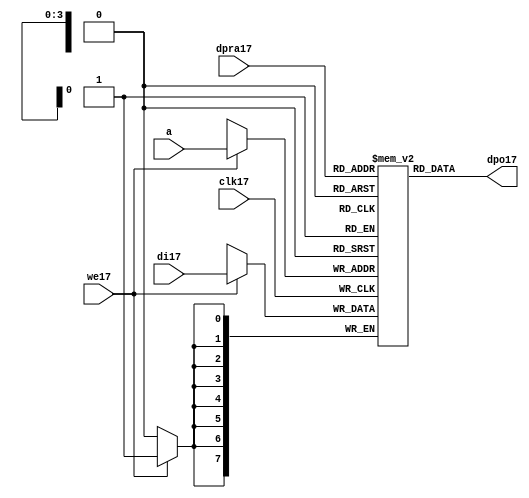
//////////////////////////////////////////////////////////////////////
////                                                              ////
////  raminfr17.v                                                   ////
////                                                              ////
////                                                              ////
////  This17 file is part of the "UART17 16550 compatible17" project17    ////
////  http17://www17.opencores17.org17/cores17/uart1655017/                   ////
////                                                              ////
////  Documentation17 related17 to this project17:                      ////
////  - http17://www17.opencores17.org17/cores17/uart1655017/                 ////
////                                                              ////
////  Projects17 compatibility17:                                     ////
////  - WISHBONE17                                                  ////
////  RS23217 Protocol17                                              ////
////  16550D uart17 (mostly17 supported)                              ////
////                                                              ////
////  Overview17 (main17 Features17):                                   ////
////  Inferrable17 Distributed17 RAM17 for FIFOs17                        ////
////                                                              ////
////  Known17 problems17 (limits17):                                    ////
////  None17                .                                       ////
////                                                              ////
////  To17 Do17:                                                      ////
////  Nothing so far17.                                             ////
////                                                              ////
////  Author17(s):                                                  ////
////      - gorban17@opencores17.org17                                  ////
////      - Jacob17 Gorban17                                          ////
////                                                              ////
////  Created17:        2002/07/22                                  ////
////  Last17 Updated17:   2002/07/22                                  ////
////                  (See log17 for the revision17 history17)          ////
////                                                              ////
////                                                              ////
//////////////////////////////////////////////////////////////////////
////                                                              ////
//// Copyright17 (C) 2000, 2001 Authors17                             ////
////                                                              ////
//// This17 source17 file may be used and distributed17 without         ////
//// restriction17 provided that this copyright17 statement17 is not    ////
//// removed from the file and that any derivative17 work17 contains17  ////
//// the original copyright17 notice17 and the associated disclaimer17. ////
////                                                              ////
//// This17 source17 file is free software17; you can redistribute17 it   ////
//// and/or modify it under the terms17 of the GNU17 Lesser17 General17   ////
//// Public17 License17 as published17 by the Free17 Software17 Foundation17; ////
//// either17 version17 2.1 of the License17, or (at your17 option) any   ////
//// later17 version17.                                               ////
////                                                              ////
//// This17 source17 is distributed17 in the hope17 that it will be       ////
//// useful17, but WITHOUT17 ANY17 WARRANTY17; without even17 the implied17   ////
//// warranty17 of MERCHANTABILITY17 or FITNESS17 FOR17 A PARTICULAR17      ////
//// PURPOSE17.  See the GNU17 Lesser17 General17 Public17 License17 for more ////
//// details17.                                                     ////
////                                                              ////
//// You should have received17 a copy of the GNU17 Lesser17 General17    ////
//// Public17 License17 along17 with this source17; if not, download17 it   ////
//// from http17://www17.opencores17.org17/lgpl17.shtml17                     ////
////                                                              ////
//////////////////////////////////////////////////////////////////////
//
// CVS17 Revision17 History17
//
// $Log: not supported by cvs2svn17 $
// Revision17 1.1  2002/07/22 23:02:23  gorban17
// Bug17 Fixes17:
//  * Possible17 loss of sync and bad17 reception17 of stop bit on slow17 baud17 rates17 fixed17.
//   Problem17 reported17 by Kenny17.Tung17.
//  * Bad (or lack17 of ) loopback17 handling17 fixed17. Reported17 by Cherry17 Withers17.
//
// Improvements17:
//  * Made17 FIFO's as general17 inferrable17 memory where possible17.
//  So17 on FPGA17 they should be inferred17 as RAM17 (Distributed17 RAM17 on Xilinx17).
//  This17 saves17 about17 1/3 of the Slice17 count and reduces17 P&R and synthesis17 times.
//
//  * Added17 optional17 baudrate17 output (baud_o17).
//  This17 is identical17 to BAUDOUT17* signal17 on 16550 chip17.
//  It outputs17 16xbit_clock_rate - the divided17 clock17.
//  It's disabled by default. Define17 UART_HAS_BAUDRATE_OUTPUT17 to use.
//

//Following17 is the Verilog17 code17 for a dual17-port RAM17 with asynchronous17 read. 
module raminfr17   
        (clk17, we17, a, dpra17, di17, dpo17); 

parameter addr_width17 = 4;
parameter data_width17 = 8;
parameter depth = 16;

input clk17;   
input we17;   
input  [addr_width17-1:0] a;   
input  [addr_width17-1:0] dpra17;   
input  [data_width17-1:0] di17;   
//output [data_width17-1:0] spo17;   
output [data_width17-1:0] dpo17;   
reg    [data_width17-1:0] ram17 [depth-1:0]; 

wire [data_width17-1:0] dpo17;
wire  [data_width17-1:0] di17;   
wire  [addr_width17-1:0] a;   
wire  [addr_width17-1:0] dpra17;   
 
  always @(posedge clk17) begin   
    if (we17)   
      ram17[a] <= di17;   
  end   
//  assign spo17 = ram17[a];   
  assign dpo17 = ram17[dpra17];   
endmodule